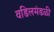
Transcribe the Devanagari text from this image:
वडिलमंडळी